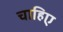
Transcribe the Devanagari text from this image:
चाहिए